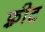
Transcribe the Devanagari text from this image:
फ़्रीट